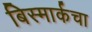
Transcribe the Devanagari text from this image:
बिस्मार्कचा